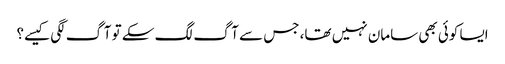
ایسا کوئی بھی سامان نہیں تھا، جس سے آگ لگ سکے تو آگ لگی کیسے؟